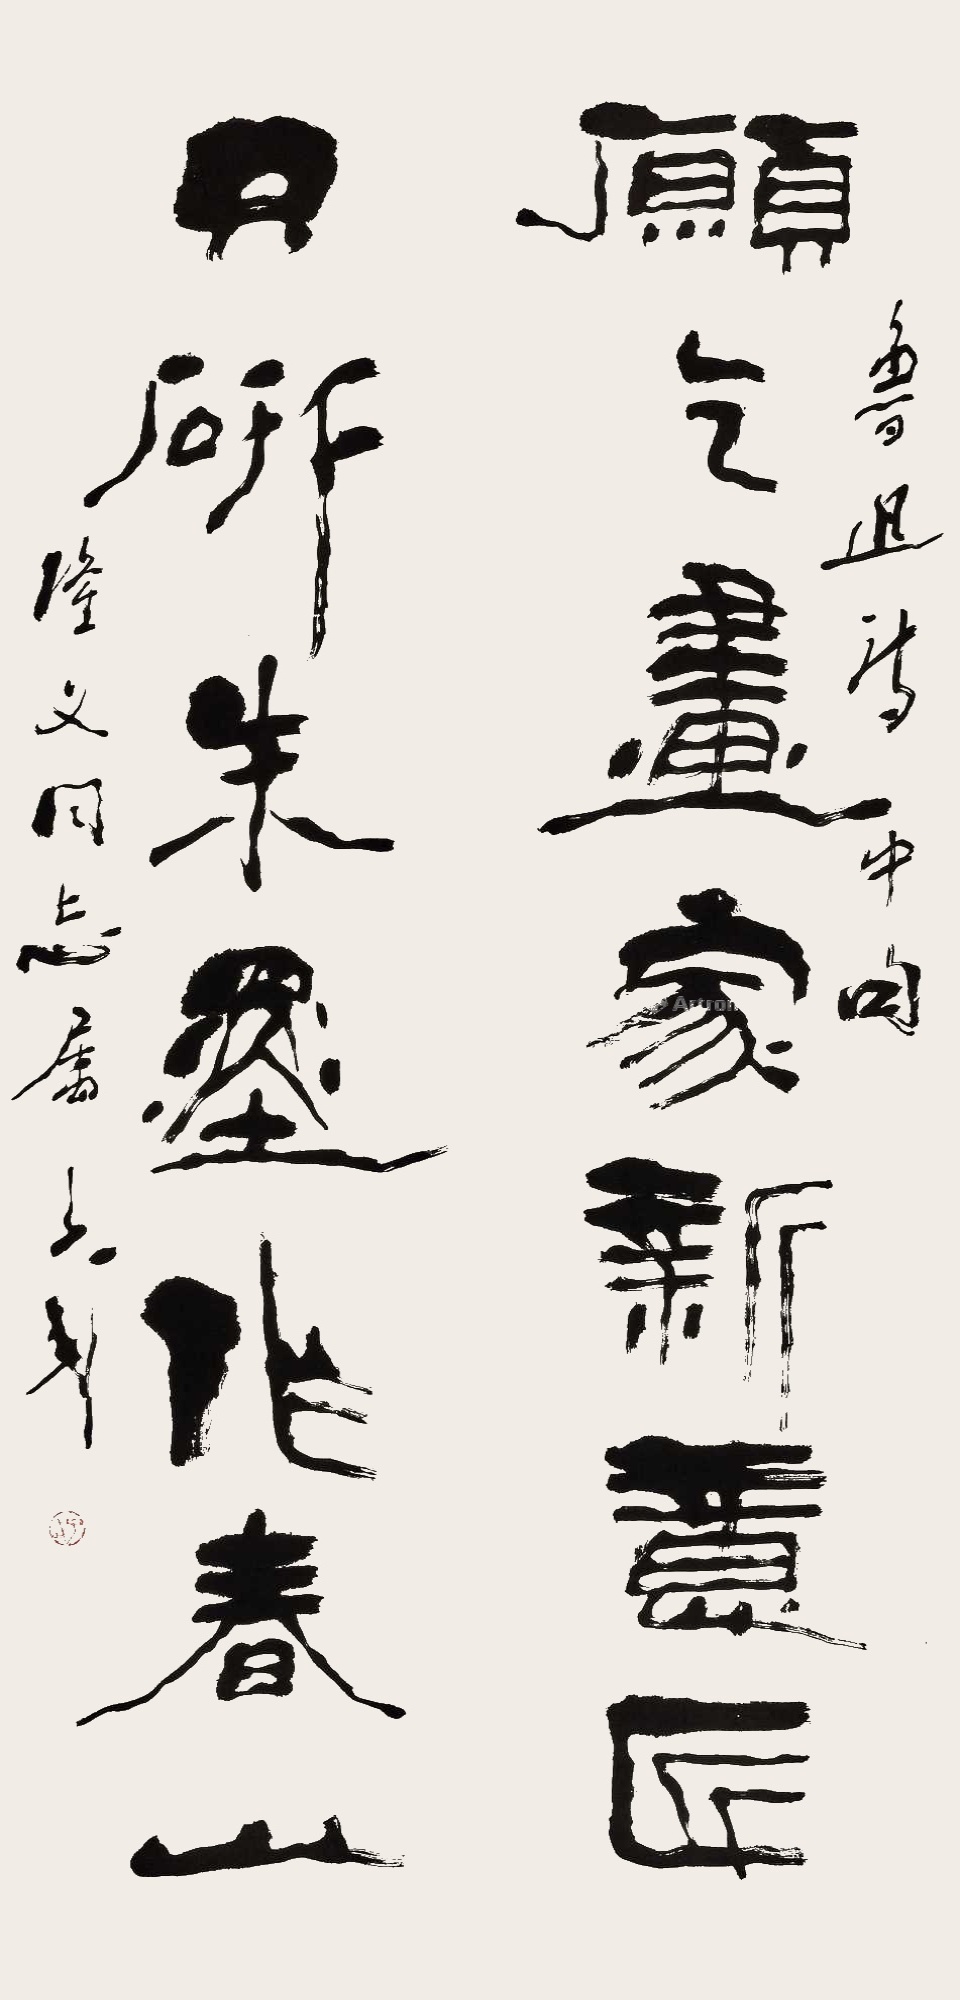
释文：愿乞画家新意匠，只研朱墨作春山。鲁迅诗中句。隆义同志属，子武。